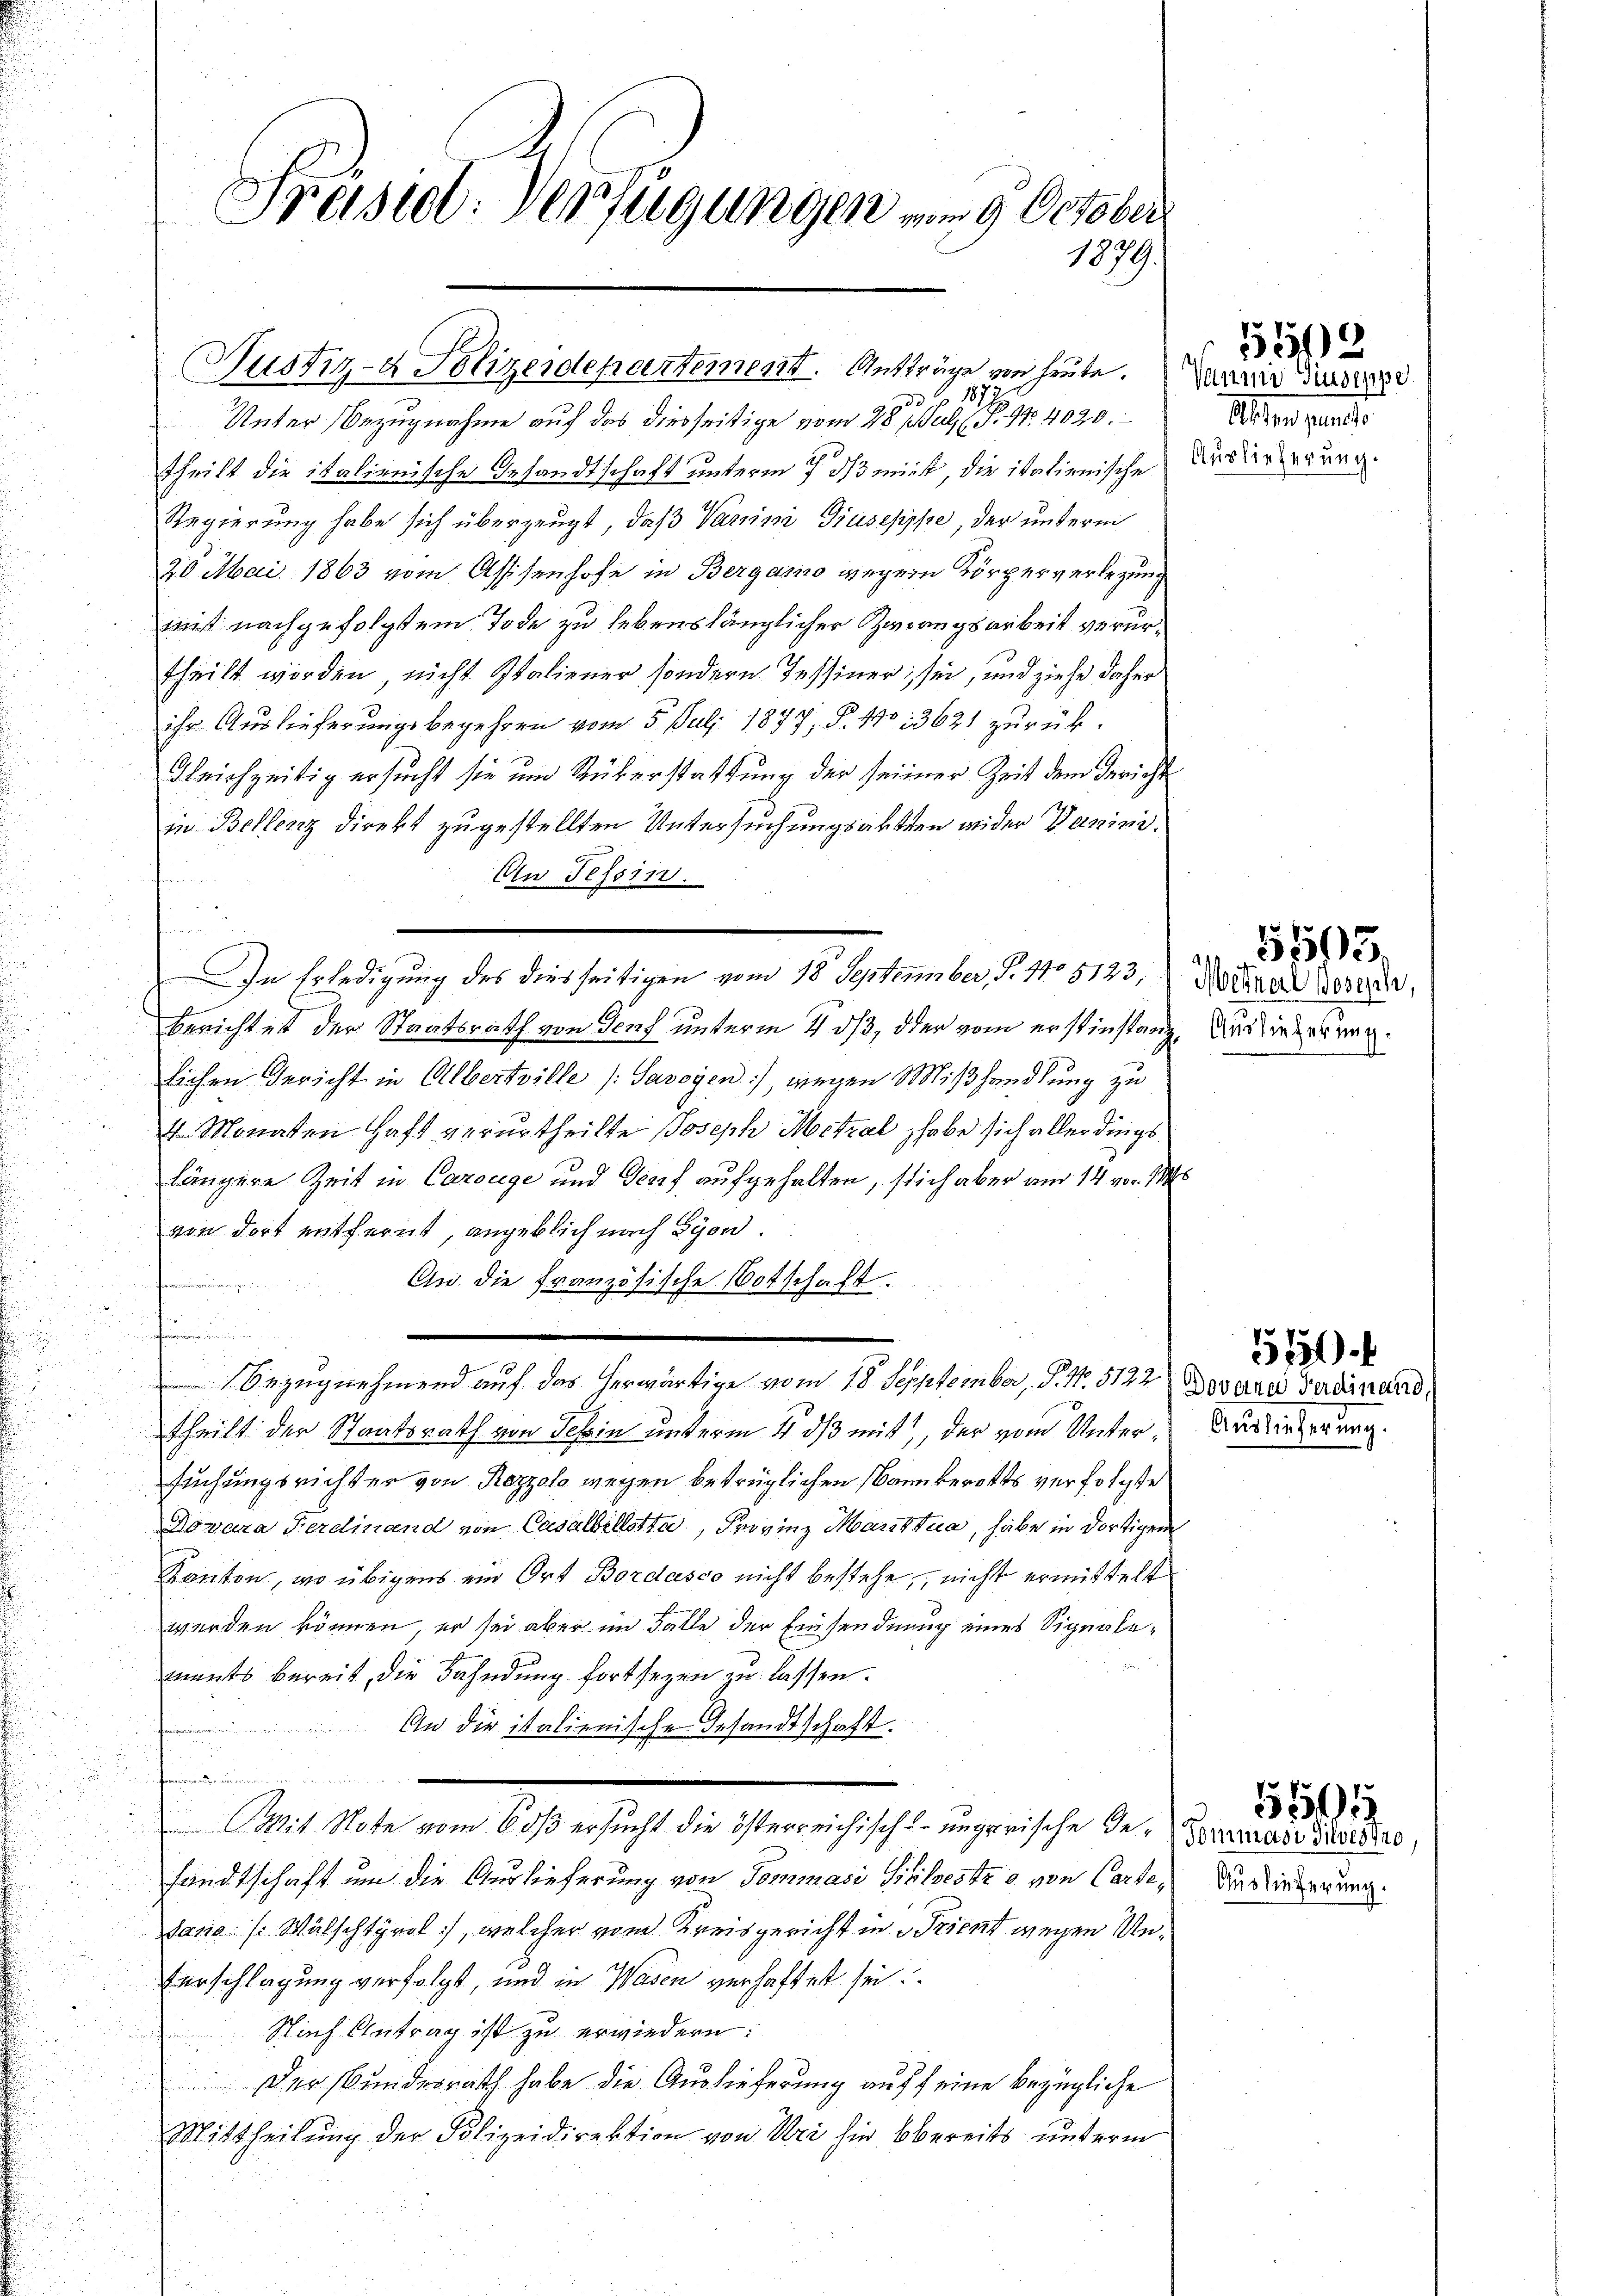
Fraste: Verfügungen vom 9. October
1879.

Justiz- & Polizeidepartement. Anträge von heute.
331

Unter Bezugnahme auf das diesseitige vom 28. Jul. (T.14020.
theilt die italienische Gesandtschaft unterm 7. ds mich, die italienische
Regierung habe sich überzeugt, daß Varini Giusepppe, der unterm
20 Mai 1863 vom Assisenhofe in Bergamo wegen Körperverlegung
mist nachgefolgtem Tode zu lebenslänglicher Zwangsarbeit verurtheilt worden nicht Staliener sondern Tessiner; sei, und ziehe daher
ihr Auslieferungsbegehren vom 5. Juli 1877, P. No 13621 zurück¬
Gleichzeitig ersucht sie um Rüberstattung der seiner Zeit dem Gerichte
in Bellenz direkt zugestellten Untersuchungsarten wider Danini¬
An Tessin.
u
berichtet der Staatsrath von Genf unterm 4. ds, oder vom erstinstanz, die sie zerunglichen Gericht in Albertille (Savoyen), wegen Mißhandlung zu
4 Monaten Haft verurtheilte Joseph Metzal habe sich allerdings
längere Zeit in Carouge und Genf aufgehalten, stich aber am 14 von M
von dort entfernt, angeblich nach Lyon.
An die Französische Botschaft.

Bezugnehmend auf das herwärtige vom 18. Sepptember, S. N. 5122 Doverei Verdinand
theilt der Staatsrath von Schin unterm 4. ds mit, der vom Unter-Auslieferung.
suchungsrichter von Rezzals wegen betrüglichen Bannkerotts verfolgte
Nomara Ferdinand von Casalbillette, Provinz Marttua, habe in dortigen
Kanton, wo übrigens ein Ort Bordasco nicht bestehe, nicht ermittelt
werden können, er sei aber im Falle der Einsendnung eines Signalemants bereit, die Fahndung fortsezen zu lassen.
An die italienische Gesandtschaft.
det der

Mit Note vom 6 dß ersucht die österreichisch-ungarische Ge-Vorrad dieser
sandtschaft um die Auslieferung von Tommasi Sizilsestzo von Cartesano ( Wälschtyrol, welcher von Kreisgericht in Trient wegen Un¬
Verschlagung verfolgt, und in Wasen verhaftet sei.
Nach Antrag ist zu erwiedern:
Der Bundesrath habe die Auslieferung auff eine bezügliche
Mittheilung der Polizeidirektion von Uri hier bbereits unterm

In Erledigung des diesseitigen vom 18. September, S. 110 5123,

Vaume Giuseppe
Aller geantr
Auslieferung.

5513

Meinerl Joseph,

5505.

51).

Auslieferung.

55